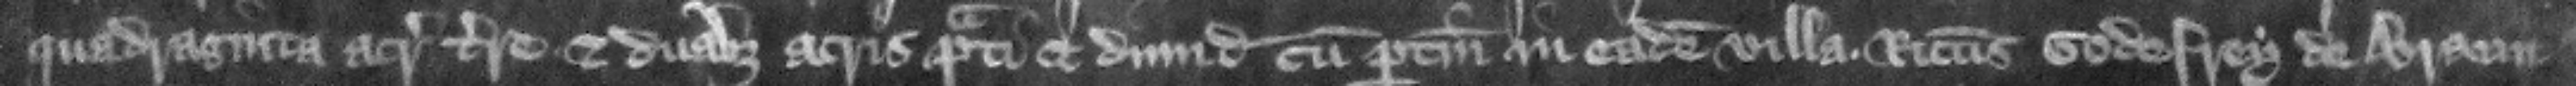
quadraginta acris terre et duabus acris prati et dimidia cum pertinenciis in eadem villa Ricardus Godefrey de Braun